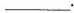
___.